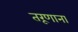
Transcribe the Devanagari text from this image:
तरूणाना